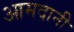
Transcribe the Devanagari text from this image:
आमदानी